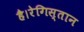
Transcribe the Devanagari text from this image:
है।रेगिस्तान